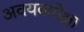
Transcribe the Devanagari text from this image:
अवयवापेक्षा